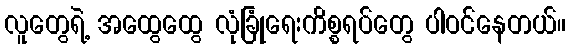
လူတွေရဲ့ အထွေထွေ လုံခြုံရေးကိစ္စရပ်တွေ ပါဝင်နေတယ်။